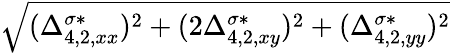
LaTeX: \sqrt{(\Delta_{4,2,xx}^{\sigma*})^{2}+(2\Delta_{4,2,xy}^{\sigma*})^{2}+(\Delta_{4,2,yy}^{\sigma*})^{2}}